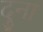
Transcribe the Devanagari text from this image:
दुना